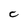
Character: C